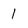
Character: 1